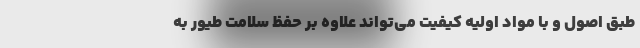
طبق اصول و با مواد اولیه کیفیت می‌تواند علاوه بر حفظ سلامت طیور به